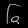
Digit: ၆